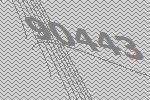
90443